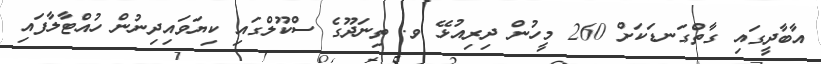
އާބާދީގައި ގާތްގަނޑަކަށް 260 މީހުން ދިރިއުޅޭ ވ. ތިނަދޫގެ ސްކޫލްގައި ކިޔަވައިދިނުން ހުއްޓާލާފައި